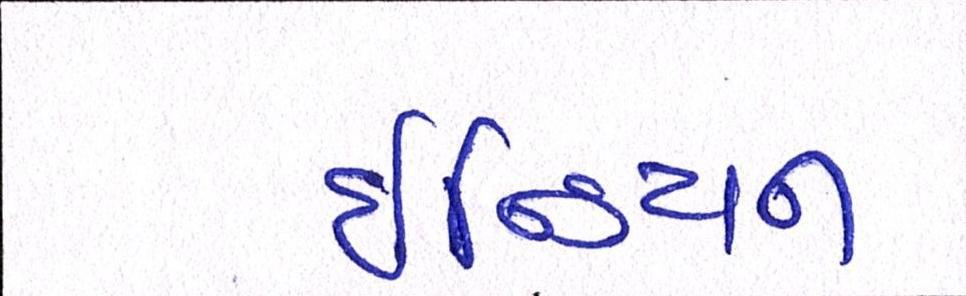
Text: ઇન્ડિયન